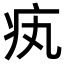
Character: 𤴯